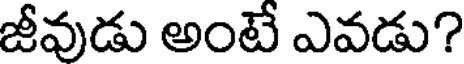
జీవుడు అంటే ఎవడు?